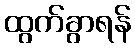
ထွက်ခွာရန်